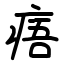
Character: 痦